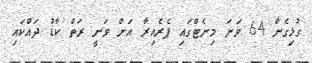
ގުޅިގެން 64 ވަނަ މިނެޓްގައި ޕެރެއިރާ އަށް ވަނީ ރަތް ކާޑު ދައްކައި